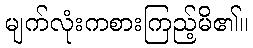
မျက်လုံးကစားကြည့်မိ၏။